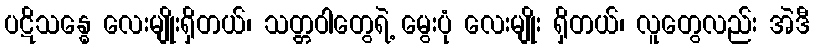
ပဋိသန္ဓေ လေးမျိုးရှိတယ်၊ သတ္တဝါတွေရဲ့ မွေးပုံ လေးမျိုး ရှိတယ်၊ လူတွေလည်း အဲဒီ